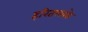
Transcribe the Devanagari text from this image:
हरितलवके